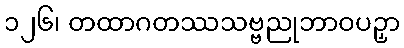
၁၂၆၊ တထာဂတဿသဗ္ဗညုဘာဝပဉှာ